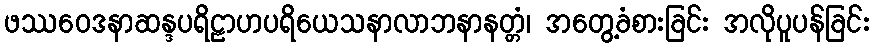
ဖဿဝေဒနာဆန္ဒပရိဠာဟပရိယေသနာလာဘနာနတ္တံ၊ အတွေ့ခံစားခြင်း အလိုပူပန်ခြင်း